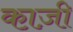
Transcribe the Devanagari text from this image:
का़ज़ी